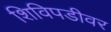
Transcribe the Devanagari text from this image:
शिविपडीवर